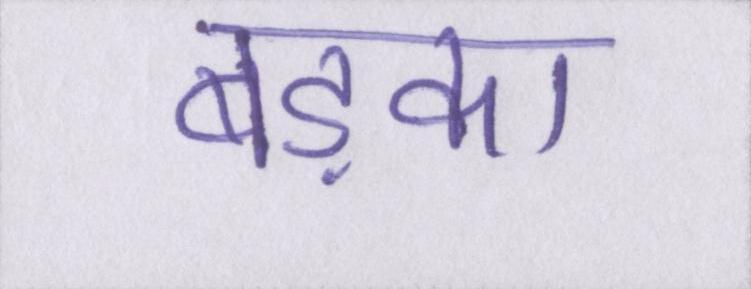
बड़का